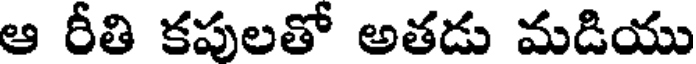
ఆ రీతి కపులతో అతడు మడియు